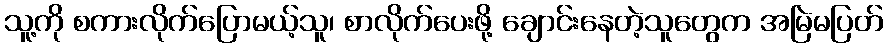
သူ့ကို စကားလိုက်ပြောမယ့်သူ၊ စာလိုက်ပေးဖို့ ချောင်းနေတဲ့သူတွေက အမြဲမပြတ်